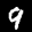
Label: 9